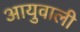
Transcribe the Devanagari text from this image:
आयुवाली